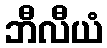
ဘီလီယံ